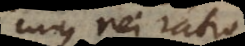
cujus rei ratio